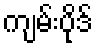
ကျမ်းပိုဒ်